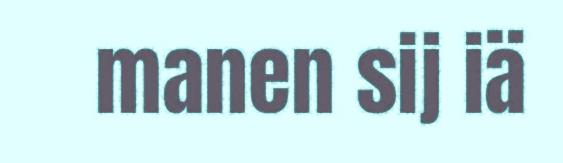
manen sij iä